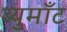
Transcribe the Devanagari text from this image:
ब्युमाँट